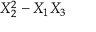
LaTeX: X _ { 2 } ^ { 2 } - X _ { 1 } X _ { 3 }